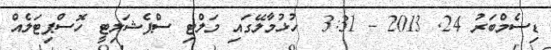
ޑިސެމްބަރު 24